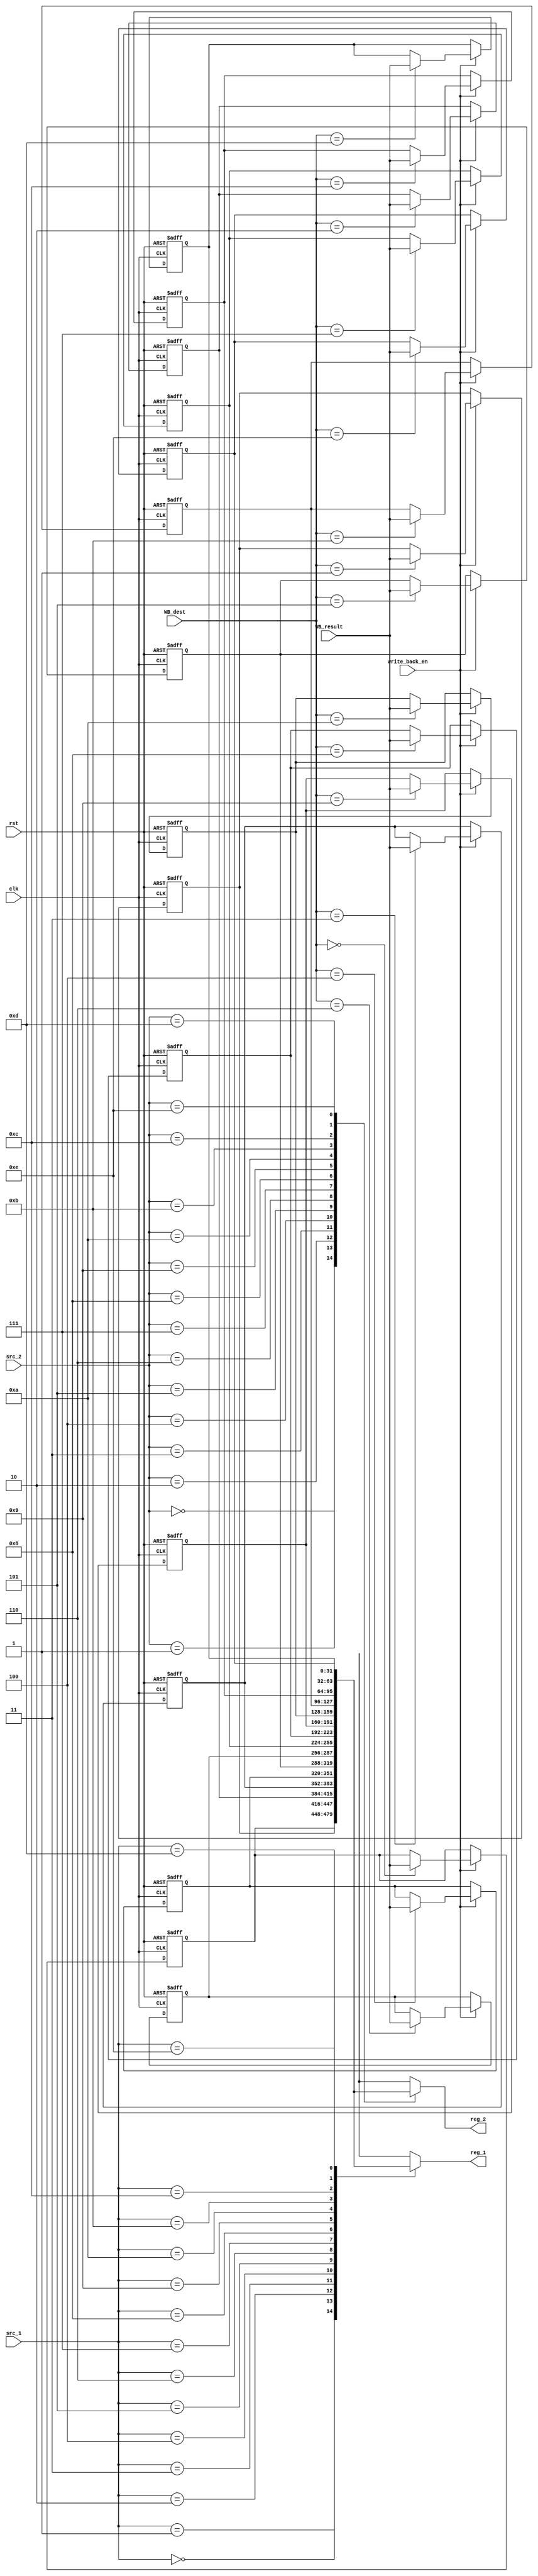
module Register_File (
  input clk, rst, write_back_en,
  input [3:0] src_1, src_2, WB_dest,
  input [31:0] WB_result,
  output [31:0] reg_1, reg_2
);

  reg [31:0] registers[0:14];

  assign reg_1 = registers[src_1];
  assign reg_2 = registers[src_2];

  integer i = 0;

  always @(negedge clk, posedge rst) begin
    if (rst) begin
      for (i = 0; i < 15; i = i + 1)
        registers[i] <= i;
    end
    else if (write_back_en) begin
      registers[WB_dest] = WB_result;
    end
    else begin
      for (i = 0; i < 15; i = i + 1)
        registers[i] <= registers[i];
    end
	end

endmodule